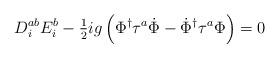
LaTeX: \begin{align*}D_i^{ab} E_i^b - {\textstyle {1\over 2}} ig \left( \Phi^\dagger \tau^a \dot \Phi - \dot \Phi^\dagger \tau^a \Phi \right) = 0 \end{align*}